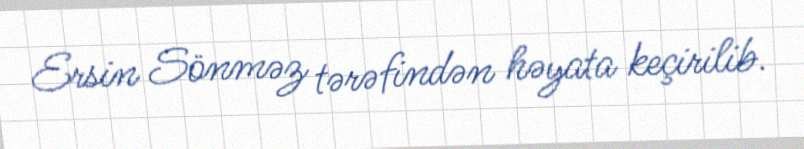
Ersin Sönməz tərəfindən həyata keçirilib.